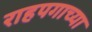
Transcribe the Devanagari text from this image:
राहपगाच्या